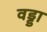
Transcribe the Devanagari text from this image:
वड्डा